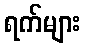
ရက်များ